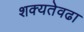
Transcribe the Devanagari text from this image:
शक्यतेवढा